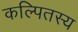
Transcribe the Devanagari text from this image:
कल्पितस्य